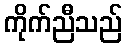
ကိုက်ညီသည်